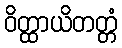
ဝိတ္ထာယိတတ္တံ